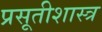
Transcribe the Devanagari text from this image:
प्रसूतीशास्त्र